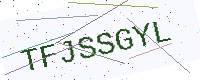
Text: TFJSSGYL